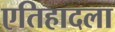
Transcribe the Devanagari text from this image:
एतिहादला